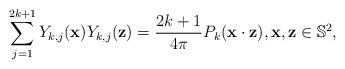
LaTeX: \begin{align*}\sum_{j=1}^{2k+1}Y_{k,j}(\textbf{x})Y_{k,j}(\textbf{z}) = \frac{2k+1}{4\pi}P_k(\textbf{x}\cdot\textbf{z}), \textbf{x},\textbf{z}\in\mathbb{S}^2,\end{align*}